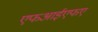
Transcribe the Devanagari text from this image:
एफआईएफए